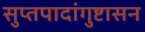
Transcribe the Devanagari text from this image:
सुप्तपादांगुष्टासन